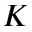
K